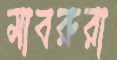
মাবরুরা